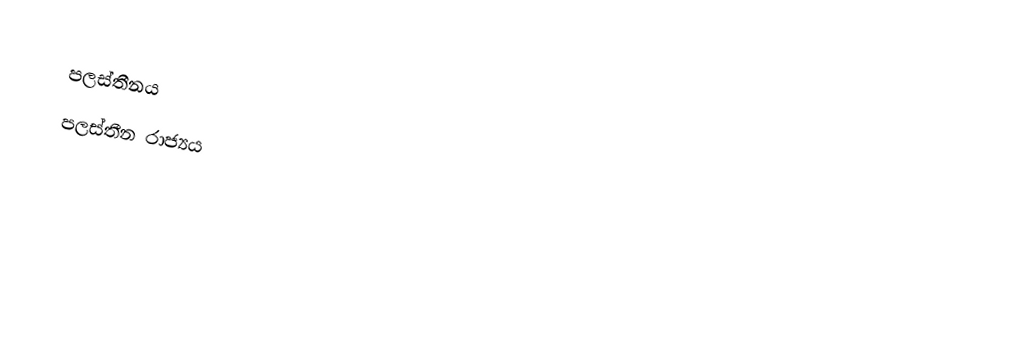
පලස්තීනය
 පලස්තීන රාජ්‍යය